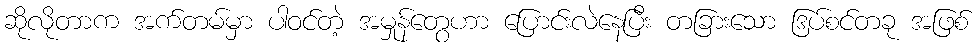
ဆိုလိုတာက အက်တမ်မှာ ပါဝင်တဲ့ အမှုန်တွေဟာ ပြောင်းလဲနေပြီး တခြားသော ဒြပ်စင်တခု အဖြစ်